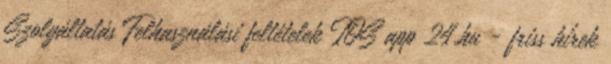
Szolgáltatás Felhasználási feltételek IOS app 24.hu - friss hírek